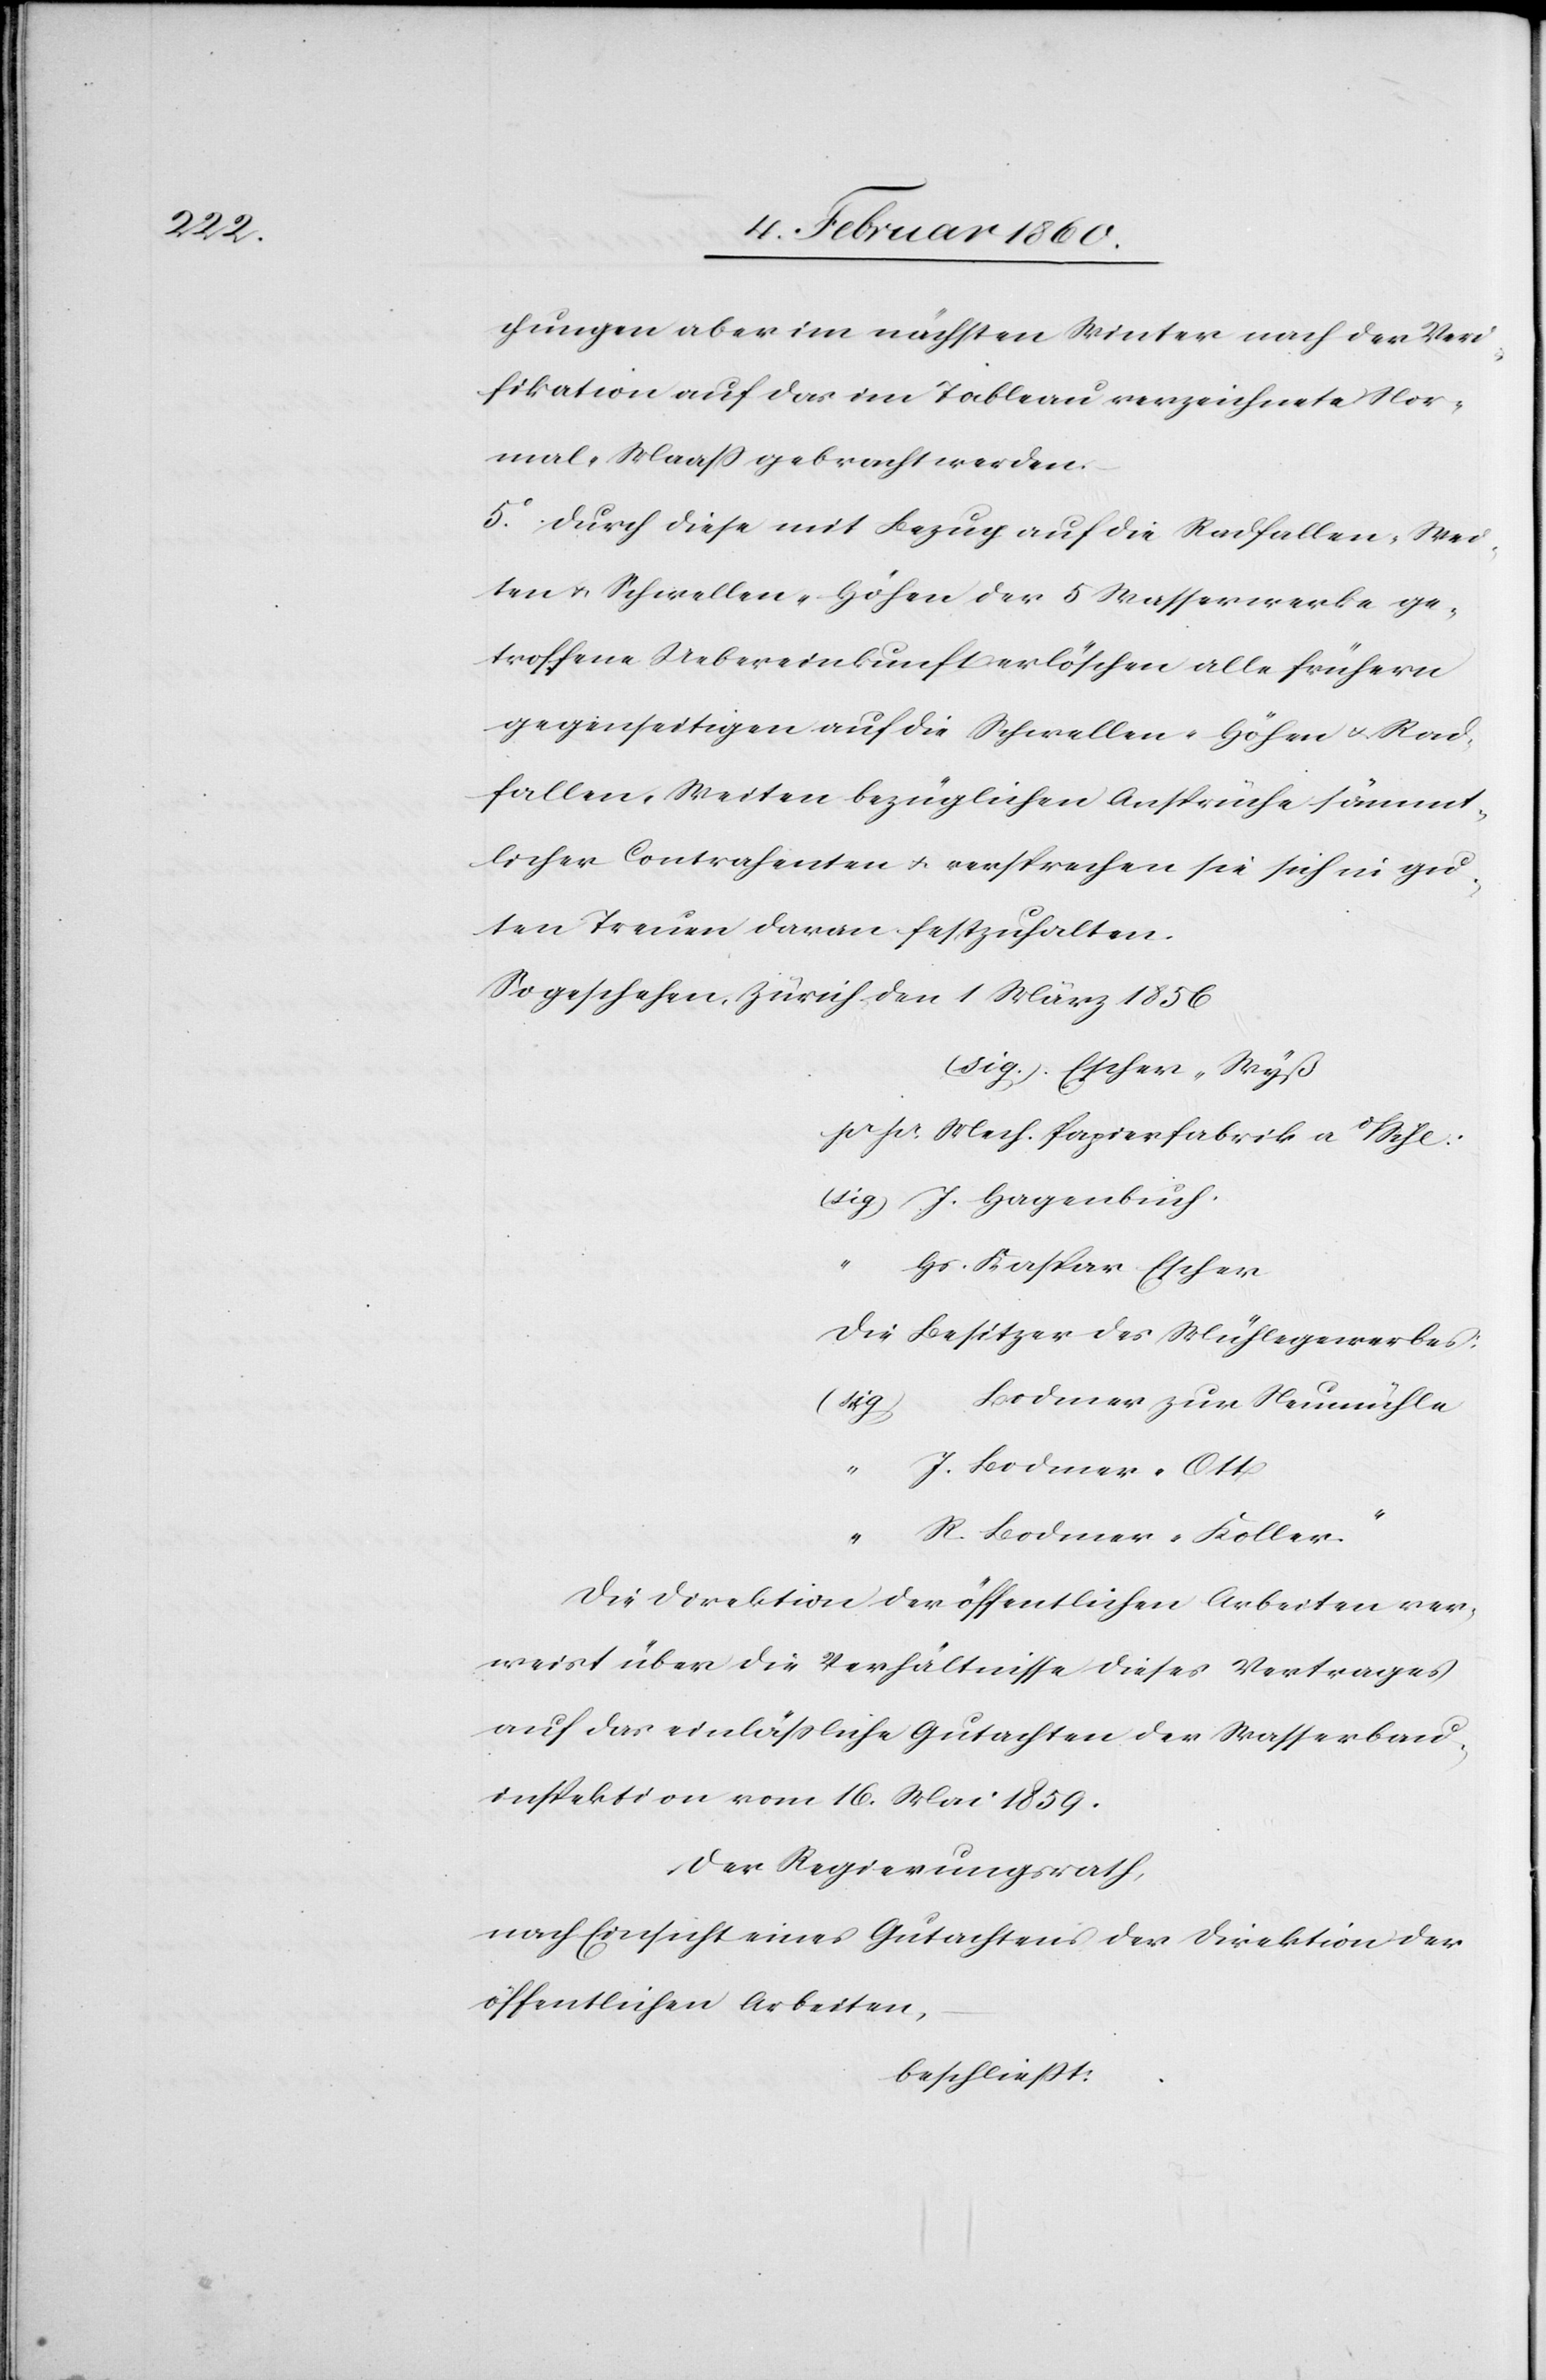
hnungen aber im nächsten Winter nach der Veri¬
fikation auf das im Tableau verzeichnete Nor¬
mal-Maaß gebracht werden.
5. Durch diese mit Bezug auf die Radfallen, Wei¬
ten- u. Schwellen-Höhen der 5. Wasserwerke ge¬
troffene Uebereinkunft erlöschen alle frühern
gegenseitigen auf die Schwellen-Höhen u. Rad¬
fallen-Weiten bezüglichen Ansprüche sämmt¬
licher Contrahenten u. versprechen sie sich in gu¬
ten Treuen dran festzuhalten.
So geschehen, Zürich den 1. März 1856.
[sig] Escher-Wyß
pr. pr. Nach Papierfabrik a o/Sihl.
[sig] J. Hagenbuch.
“
Hs. Kaspar Escher
die Besitzer des Mühlegeerbes
Bodmer zur Neumühle
J. Bodmer-Ott
R. Bodmer-Koller“
Die Direktion der öffentlichen Arbeiten ver¬
weist über die Verhältnisse dieses Vertrages
auf das einläßliche Gutachten der Wasserbau¬
inspektion vom 16. Mai 1859.
Der Regierungsrath,
nach Einsicht eines Gutachtens der Direktion der
öffentlichen Arbeiten,
beschliesst: